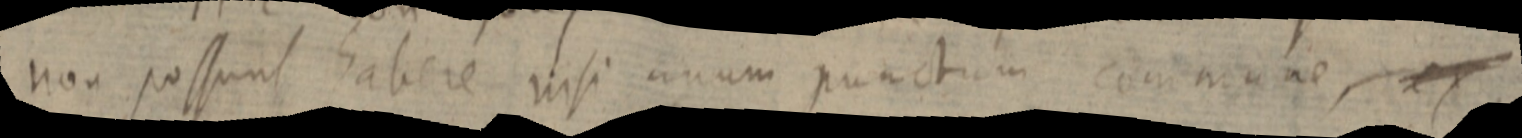
non possunt habere nisi unum punctum commune, ex